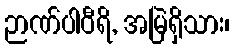
ဉာဏ်ပါဝီရိ, အမြဲရှိသား၊